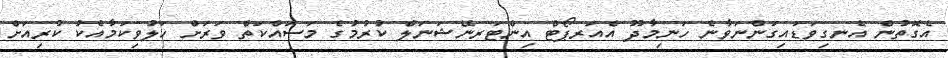
އެގޮތުން އެނގިވަޑައިގަންނަވާނެ ހަނިމާދޫ އެއަރޕޯޓް އިންޓަރނޭޝަނަލް ކުރުމުގެ މަސައްކަތް ވަރަށް ހަލުވިކަމާއެކު ކުރިއަށް